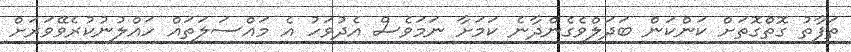
ތަފާތު ގޮތްގޮތަށް ކަންކަން ބަދަލްވެގެންދާނެ ކަމަށާ ނަމަވެސް އެދުވަހު އެ މައްސަލަތައް ހައްލުނުކުރެވޭވަރަށް